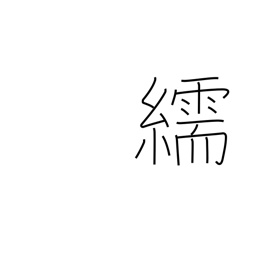
Meaning: satin